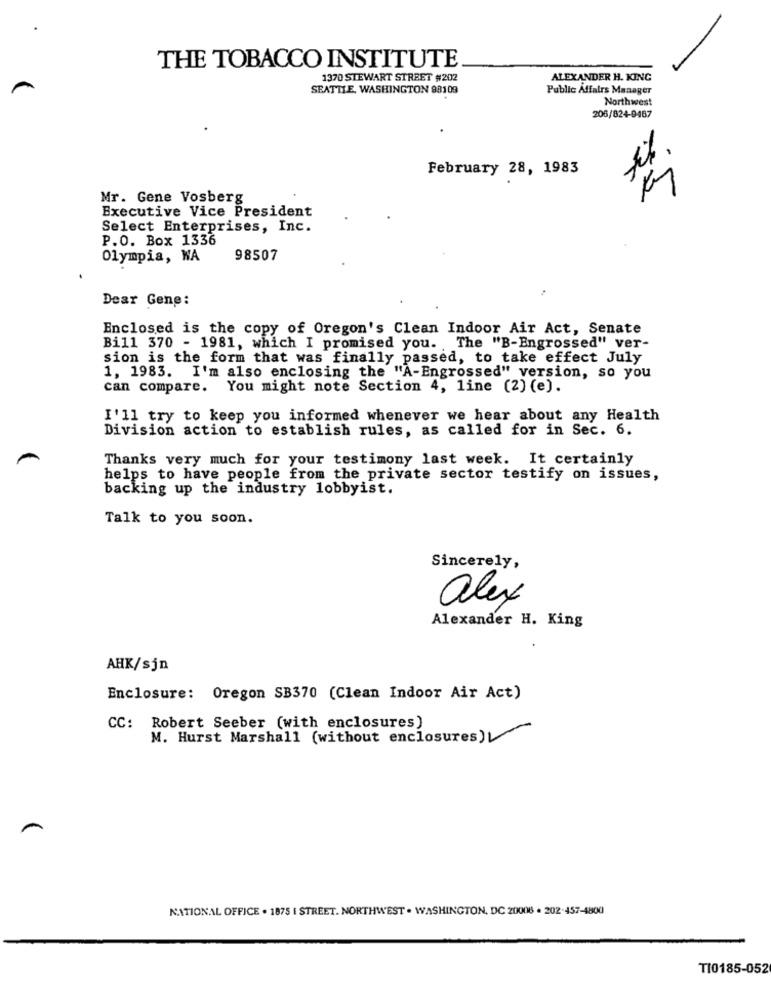
THE TOBACCO INSTITUTE
1370 STEWART STREET #202
ALEXANDER H. KING
SEATTLE, WASHINGTON 98109
Public Affairs Manager
Northwest
206/824-9467
February 28, 1983
Mr. Gene Vosberg
Executive Vice President
Select Enterprises, Inc.
P.O. Box 1336
Olympia, WA
98507
Dear Gene:
Enclosed is the copy of Oregon's Clean Indoor Air Act, Senate
Bill 370 - 1981, which I promised you. The "B-Engrossed" ver-
sion is the form that was finally passed, to take effect July
1, 1983. I'm also enclosing the "A-Engrossed" version, so you
can compare. You might note Section 4, line (2) (e).
I'll try to keep you informed whenever we hear about any Health
Division action to establish rules, as called for in Sec. 6.
Thanks very much for your testimony last week. It certainly
helps to have people from the private sector testify on issues,
backing up the industry lobbyist.
Talk to you soon.
Sincerely,
alex
Alexander H. King
AHK/sjn
Enclosure: Oregon SB370 (Clean Indoor Air Act)
CC: Robert Seeber (with enclosures)
M. Hurst Marshall (without enclosures)
NATIONAL OFFICE . 1875 | STREET. NORTHWEST . WASHINGTON, DC 20008 . 202-457-4800
TI0185-052